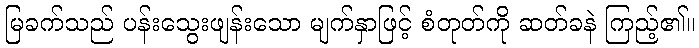
မြခက်သည် ပန်းသွေးဖျန်းသော မျက်နှာဖြင့် စံတုတ်ကို ဆတ်ခနဲ ကြည့်၏။